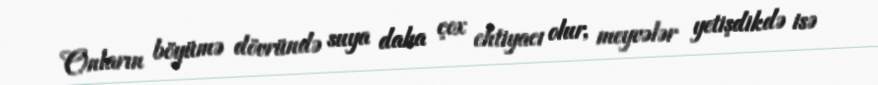
Onların böyümə dövründə suya daha çox ehtiyacı olur, meyvələr yetişdikdə isə